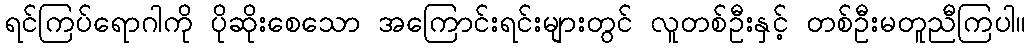
ရင်ကြပ်ရောဂါကို ပိုဆိုးစေသော အကြောင်းရင်းများတွင် လူတစ်ဦးနှင့် တစ်ဦးမတူညီကြပါ။